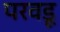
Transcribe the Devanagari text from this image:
परवडू